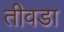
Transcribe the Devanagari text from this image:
तीवडा